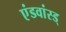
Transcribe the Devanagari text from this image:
एंडवांस्ड्